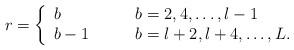
LaTeX: \begin{align*}r=\left\{\begin{array}{ll}b & \qquad b=2,4,\ldots,l-1 \\b-1 & \qquad b=l+2,l+4,\ldots,L.\end{array} \right.\end{align*}